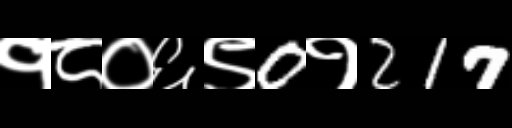
Text: १८०६९0१217